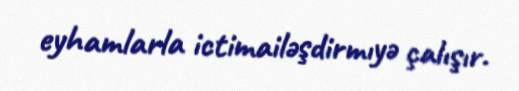
eyhamlarla ictimailəşdirmıyə çalışır.